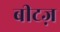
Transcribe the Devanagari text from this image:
बीटज़